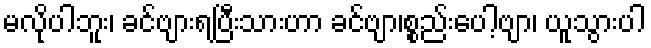
မလိုပါဘူး၊ ခင်ဗျားရပြီးသားဟာ ခင်ဗျာ၊စ္စည်းပေါ့ဗျာ၊ ယူသွားပါ